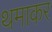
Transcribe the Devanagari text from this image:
थमाकर